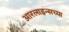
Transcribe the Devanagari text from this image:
आरलाइन्सच्या